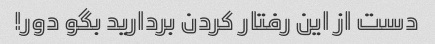
دست از این رفتار کردن بردارید بگو دور!